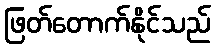
ဖြတ်တောက်နိုင်သည်